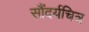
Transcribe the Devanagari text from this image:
सौंदर्यचित्र